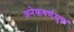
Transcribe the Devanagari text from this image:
अनेकवर्णयुक्त